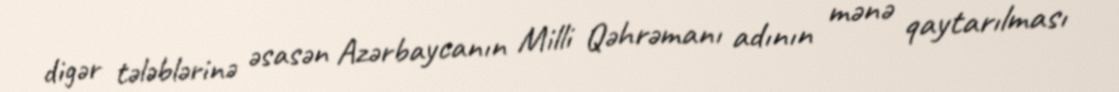
digər tələblərinə əsasən Azərbaycanın Milli Qəhrəmanı adının mənə qaytarılması